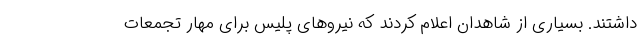
داشتند. بسیاری از شاهدان اعلام کردند که نیروهای پلیس برای مهار تجمعات